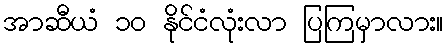
အာဆီယံ ၁၀ နိုင်ငံလုံးလာ ပြကြမှာလား။